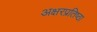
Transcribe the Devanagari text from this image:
अक्षरप्रतिष्ठा